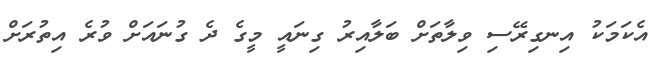
އެކަމަކު އިނގިރޭސި ވިލާތަށް ބަލާއިރު ގިނައީ މީގެ ދެ ގުނައަށް ވުރެ އިތުރަށް